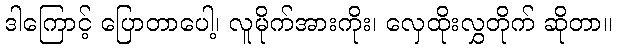
ဒါကြောင့် ပြောတာပေါ့၊ လူမိုက်အားကိုး၊ လှေထိုးလွှတိုက် ဆိုတာ။